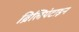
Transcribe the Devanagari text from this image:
ब्रिलियंटाइन